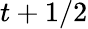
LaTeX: t+1/2